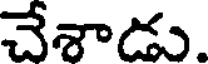
చేశాడు.